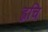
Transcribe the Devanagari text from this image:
ह्वचि